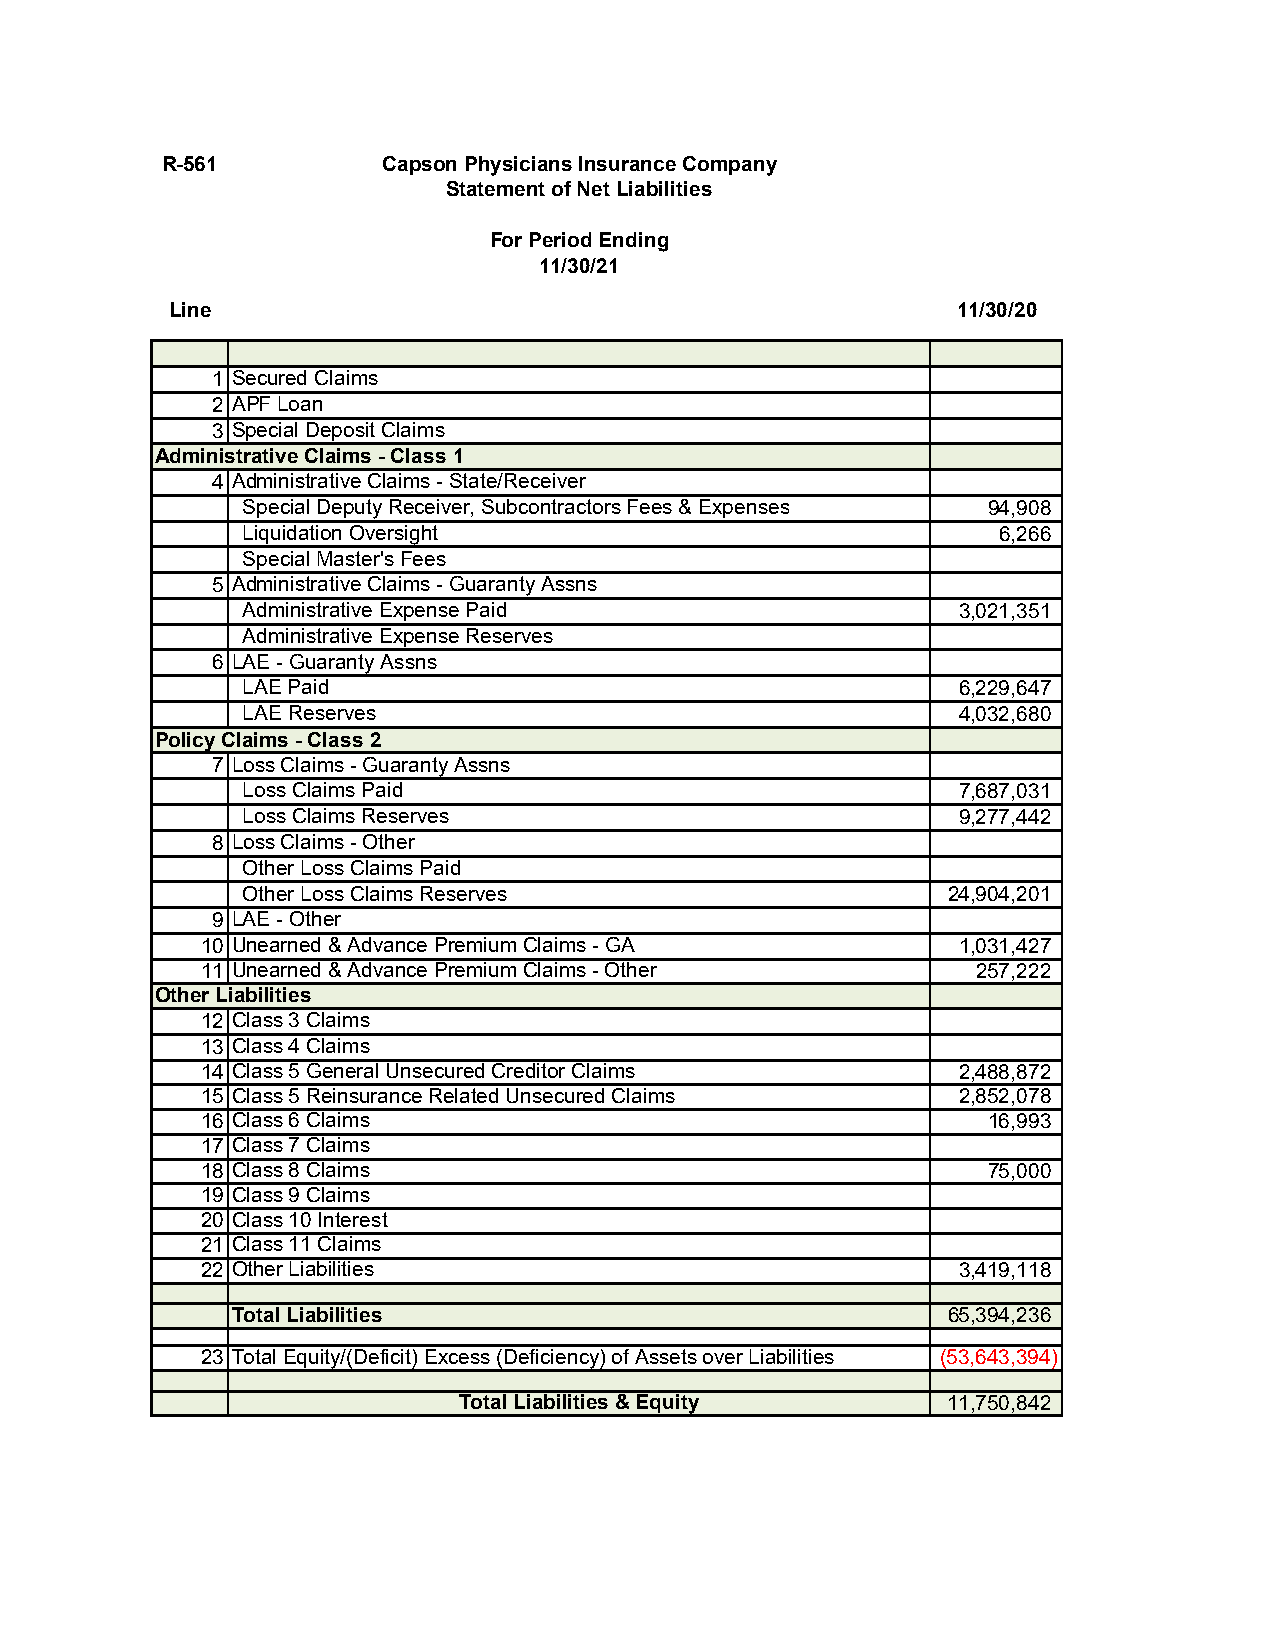
R-561         Capson Physicians Insurance Company
 Statement of Net Liabilities
 For Period Ending
 11/30/21
 Line                                                11/30/20
 1 Secured Claims
 2 APF Loan
 3 Special Deposit Claims
 Administrative Claims - Class 1
 4 Administrative Claims - State/Receiver
 Special Deputy Receiver, Subcontractors Fees & Expenses 94,908
 Liquidation Oversight                             6,266
 Special Master's Fees
 5 Administrative Claims - Guaranty Assns
 Administrative Expense Paid                    3,021,351
 Administrative Expense Reserves
 6 LAE - Guaranty Assns
 LAE Paid                                       6,229,647
 LAE Reserves                                   4,032,680
 Policy Claims - Class 2
 7 Loss Claims - Guaranty Assns
 Loss Claims Paid                               7,687,031
 Loss Claims Reserves                           9,277,442
 8 Loss Claims - Other
 Other Loss Claims Paid
 Other Loss Claims Reserves                     24,904,201
 9 LAE - Other
 10 Unearned & Advance Premium Claims - GA         1,031,427
 11 Unearned & Advance Premium Claims - Other        257,222
 Other Liabilities
 12 Class 3 Claims
 13 Class 4 Claims
 14 Class 5 General Unsecured Creditor Claims      2,488,872
 15 Class 5 Reinsurance Related Unsecured Claims   2,852,078
 16 Class 6 Claims                                   16,993
 17 Class 7 Claims
 18 Class 8 Claims                                   75,000
 19 Class 9 Claims
 20 Class 10 Interest
 21 Class 11 Claims
 22 Other Liabilities                              3,419,118
 Total Liabilities                               65,394,236
 23 Total Equity/(Deficit) Excess (Deficiency) of Assets over Liabilities (53,643,394)
 Total Liabilities & Equity       11,750,842